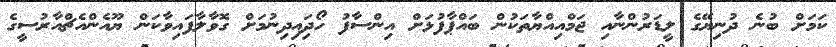
ކަމަށް ބުނެ ދުނިޔޭގެ ލީޑަރުންނާއި ޖަމްއިއްޔާތަކުން ބައްޕާފުޅަށް އިންސާފު ހޯދިައިދިނުމަށް ގޮވާލާފައިވާކަން ޔޫއެންއެޗްއާރުސީގެ